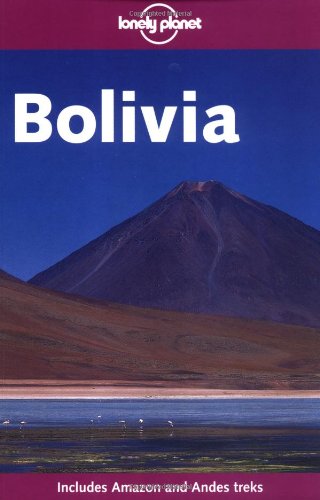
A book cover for Lonely Planet Bolivia (Lonely Planet Bolivia: Travel Survival Kit); Deanna Swaney; Travel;